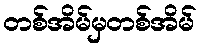
တစ်အိမ်မှတစ်အိမ်